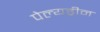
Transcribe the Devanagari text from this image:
पेल्यड्रीन